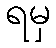
ရမှ